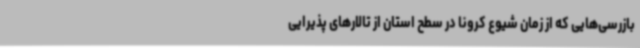
بازرسی‌هایی که از زمان شیوع کرونا در سطح استان از تالارهای پذیرایی